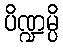
ပိဏ္ဍမ္ပိ